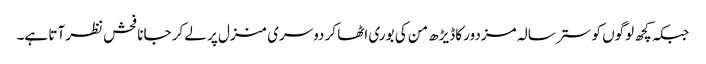
جبکہ کچھ لوگوں کو ستر سالہ مزدور کاڈیڑھ من کی بوری اٹھا کر دوسری منزل پر لے کر جانا فحش نظر آتا ہے۔